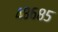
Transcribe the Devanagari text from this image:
४८६८५